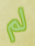
لم